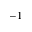
^ { - 1 }